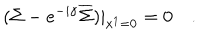
( \Sigma - e ^ { - i \gamma } \overline { { { \Sigma } } } ) | _ { x ^ { 1 } = 0 } = 0 \quad .